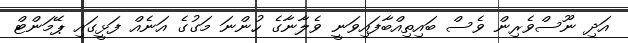
އަދި ނޫސްވެރިން ވެސް ބައިތިއްބާފައިވަނީ ވެލާނާގެ ހުންނަ މަގުގެ އަނެއް ފަޅީގައި ޕޭމަންޓް